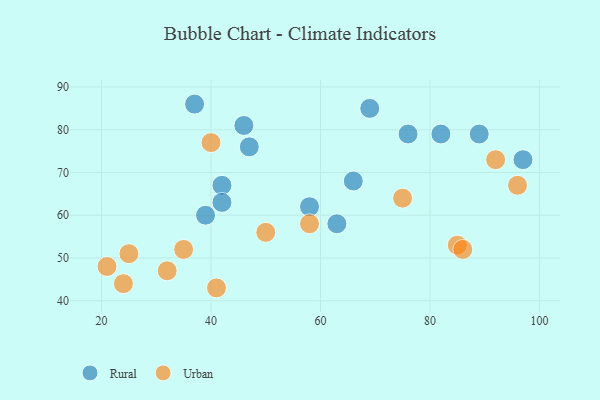
{"axis": {"x": "GDP", "y": "Life Expectancy"}, "legend": ["Rural", "Urban"], "data": [{"x": "37", "y": 86, "type": "Rural"}, {"x": "97", "y": 73, "type": "Rural"}, {"x": "46", "y": 81, "type": "Rural"}, {"x": "47", "y": 76, "type": "Rural"}, {"x": "58", "y": 62, "type": "Rural"}, {"x": "42", "y": 67, "type": "Rural"}, {"x": "76", "y": 79, "type": "Rural"}, {"x": "42", "y": 63, "type": "Rural"}, {"x": "39", "y": 60, "type": "Rural"}, {"x": "82", "y": 79, "type": "Rural"}, {"x": "89", "y": 79, "type": "Rural"}, {"x": "69", "y": 85, "type": "Rural"}, {"x": "63", "y": 58, "type": "Rural"}, {"x": "66", "y": 68, "type": "Rural"}, {"x": "32", "y": 47, "type": "Urban"}, {"x": "21", "y": 48, "type": "Urban"}, {"x": "40", "y": 77, "type": "Urban"}, {"x": "85", "y": 53, "type": "Urban"}, {"x": "25", "y": 51, "type": "Urban"}, {"x": "86", "y": 52, "type": "Urban"}, {"x": "96", "y": 67, "type": "Urban"}, {"x": "75", "y": 64, "type": "Urban"}, {"x": "50", "y": 56, "type": "Urban"}, {"x": "92", "y": 73, "type": "Urban"}, {"x": "35", "y": 52, "type": "Urban"}, {"x": "41", "y": 43, "type": "Urban"}, {"x": "58", "y": 58, "type": "Urban"}, {"x": "24", "y": 44, "type": "Urban"}]}